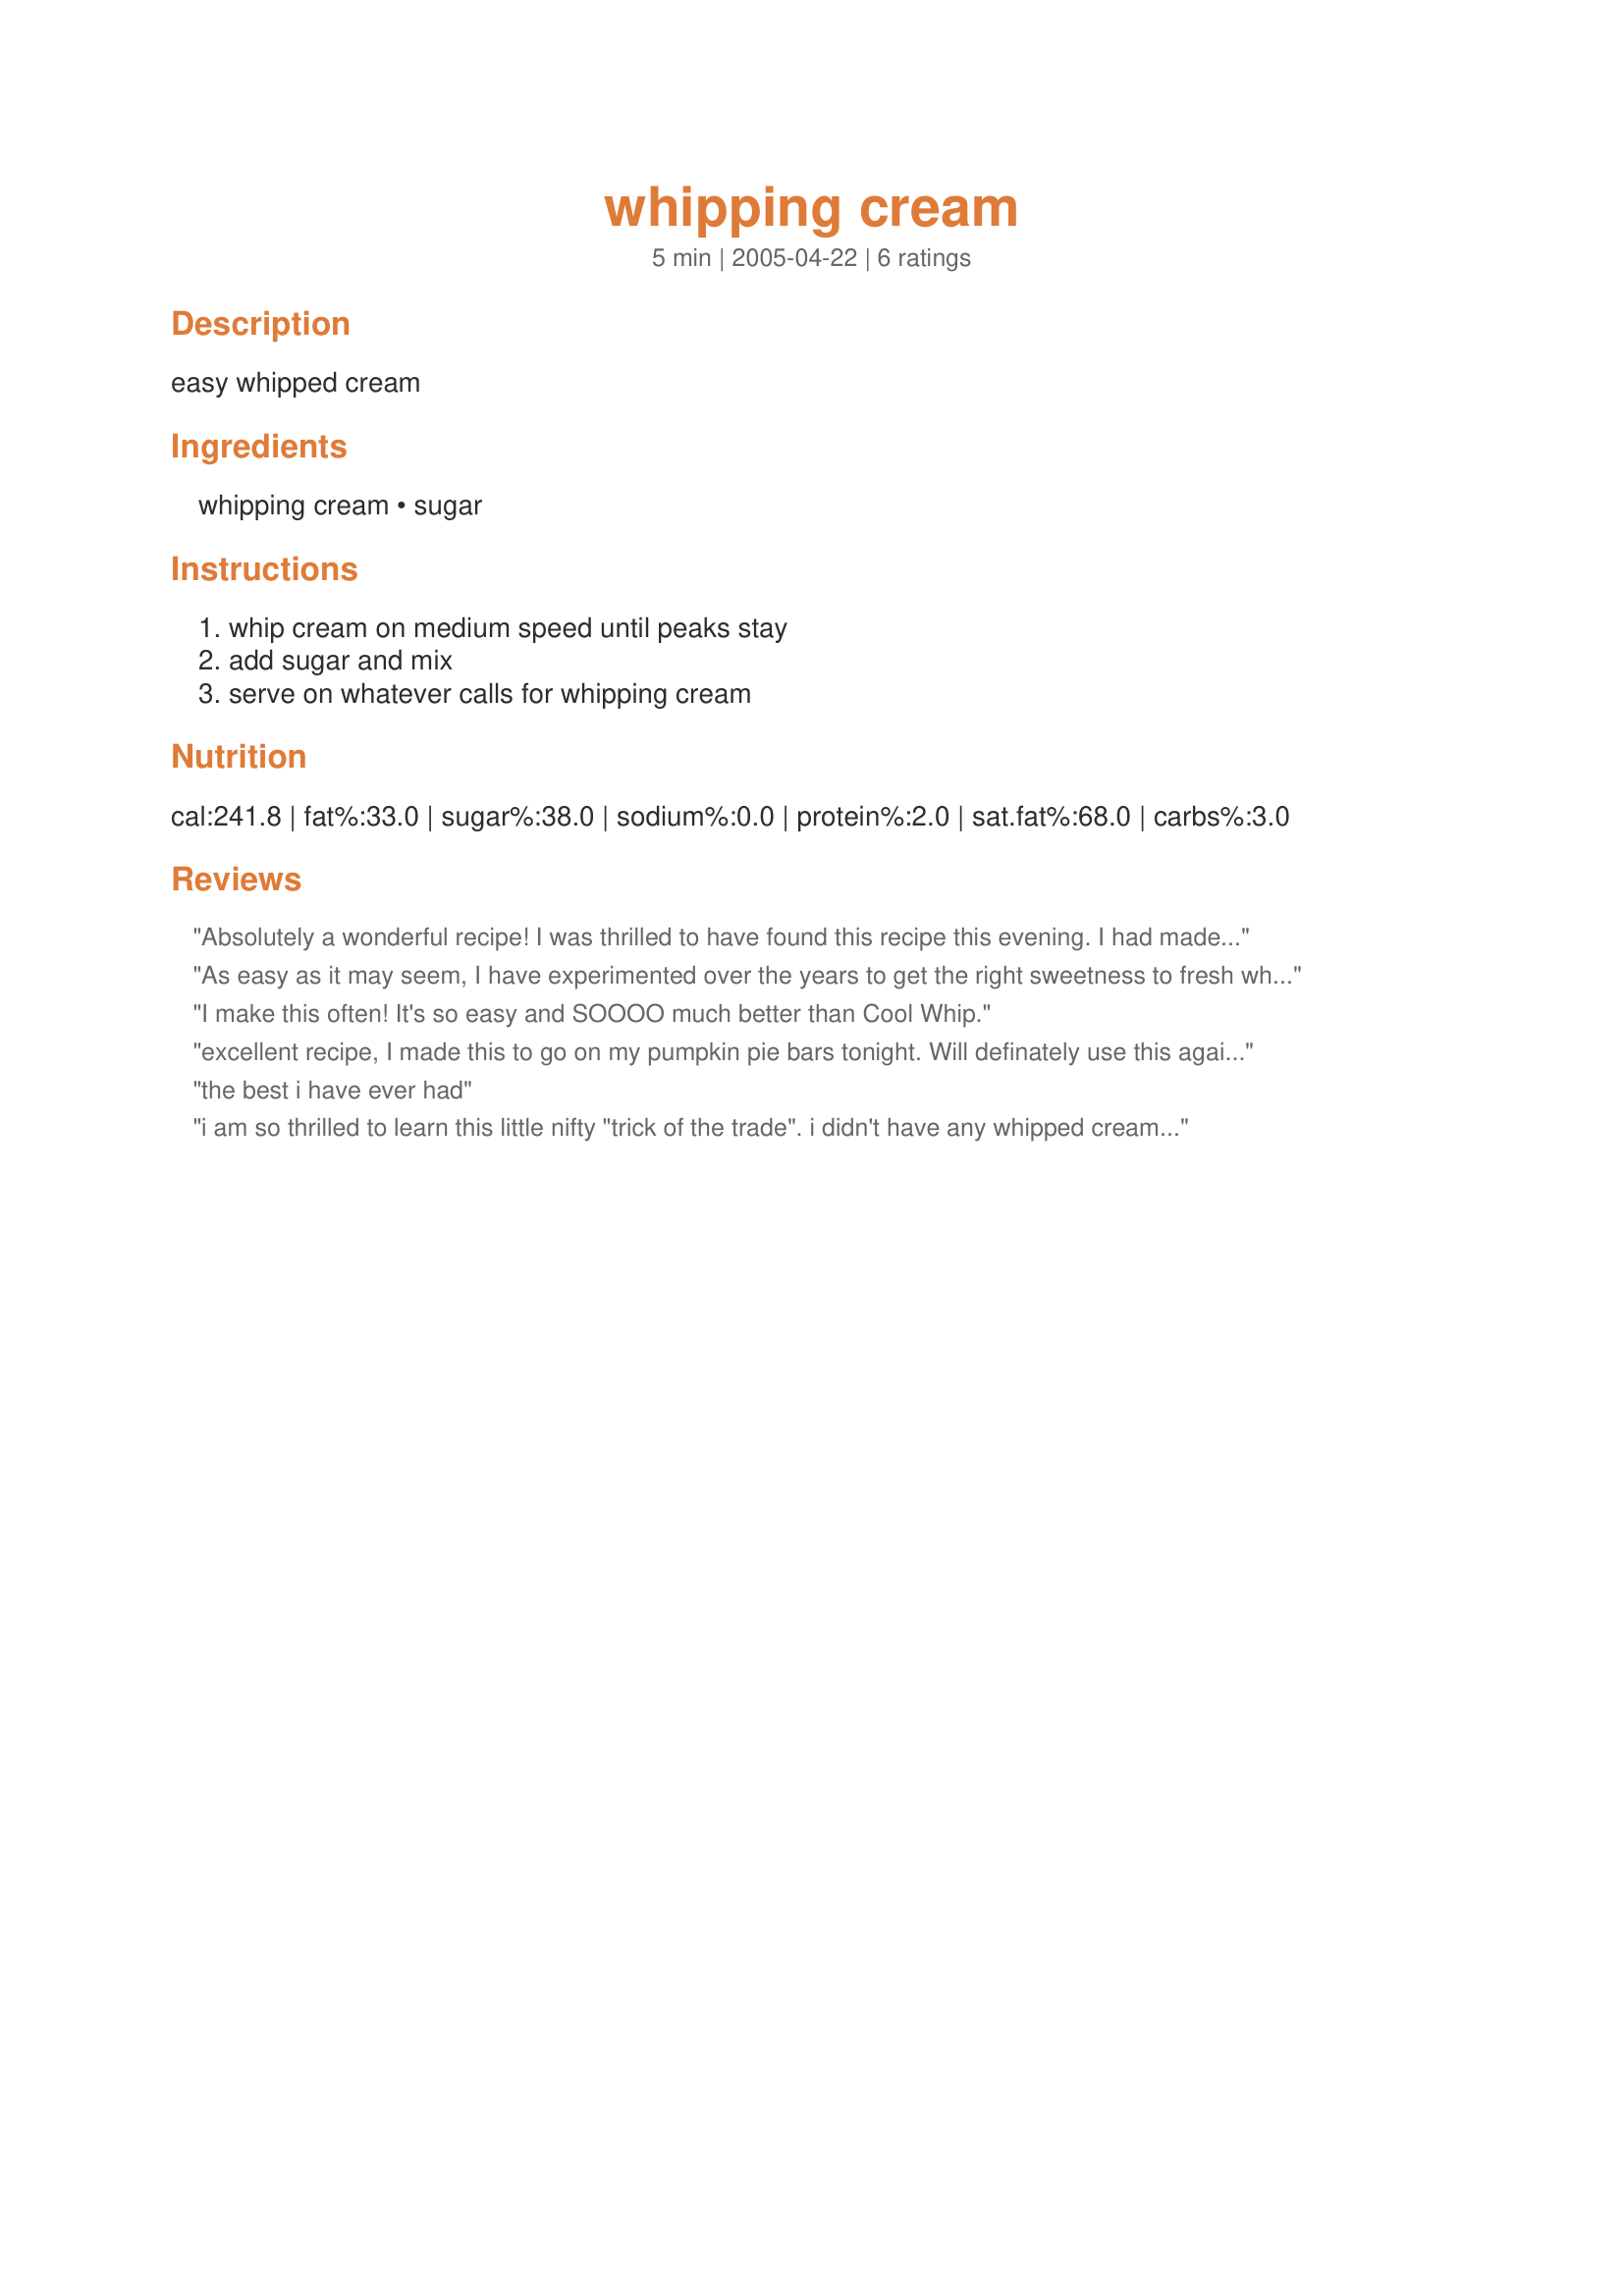
whipping cream
Preparation time: 5 minutes

easy whipped cream

Ingredients:
whipping cream, sugar

Steps:
whip cream on medium speed until peaks stay, add sugar and mix, serve on whatever calls for whipping cream

Reviews:
Absolutely a wonderful recipe! I was thrilled to have found this recipe this evening. I had made some jello and found that I didn't have any Cool Whip in the freezer so Zaar came to my rescue once again. This was so easy to make and taste better than Cool Whip. I will be using this from now on when I need Cool Whip. No more store brought brands ever again :)
Thanks so much for sharing this fabulous recipe!!
As easy as it may seem, I have experimented over the years to get the right sweetness to fresh whipped cream. This is OUTSTANDING! Thanks a bunch!
I make this often! It's so easy and SOOOO much better than Cool Whip.
excellent recipe, I made this to go on my pumpkin pie bars tonight. Will definately use this again. Perfect for pies or bars. Thanks for sharing such a easy tasty recipe.
:)
the best i have ever had
i am so thrilled to learn this little nifty "trick of the trade". i didn't have any whipped cream for a dessert and this filled the void beautifully - i don't know if i am especially clueless but i had no idea this could be done (i guess that explains the self-evident name "WHIPPING cream:)). thanks for this one, it's found a permanent place in my cookbook of knickknacks.
